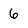
Character: 6